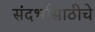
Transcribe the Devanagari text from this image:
संदर्भासाठीचे